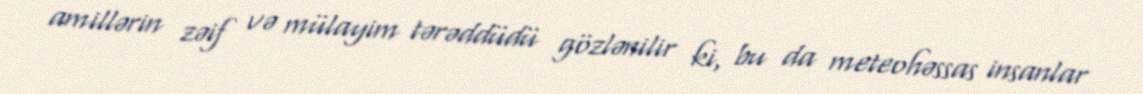
amillərin zəif və mülayim tərəddüdü gözlənilir ki, bu da meteohəssas insanlar